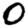
Digit: 0